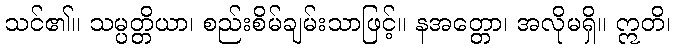
သင်၏။ သမ္ပတ္တိယာ၊ စည်းစိမ်ချမ်းသာဖြင့်။ နအတ္တော၊ အလိုမရှိ။ ဣတိ၊